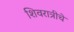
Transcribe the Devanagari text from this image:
शिवरात्रीचे